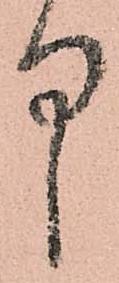
中